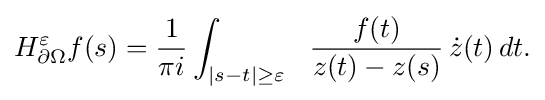
\displaystyle {H_{\partial \Omega }^{\varepsilon }f(s)={1 \over \pi i}\int _{|s-t|\geq \varepsilon }\,\,\,\,{f(t) \over z(t)-z(s)}\,{\dot {z}}(t)\,dt.}